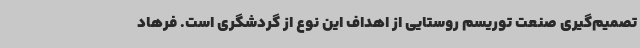
تصمیم‌گیری صنعت توریسم روستایی از اهداف این نوع از گردشگری است. فرهاد